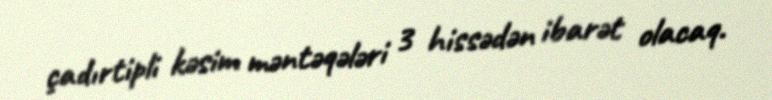
çadırtipli kəsim məntəqələri 3 hissədən ibarət olacaq.